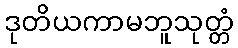
ဒုတိယကာမဘူသုတ္တံ